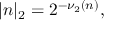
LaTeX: | n | _ { 2 } = 2 ^ { - \nu _ { 2 } ( n ) } ,